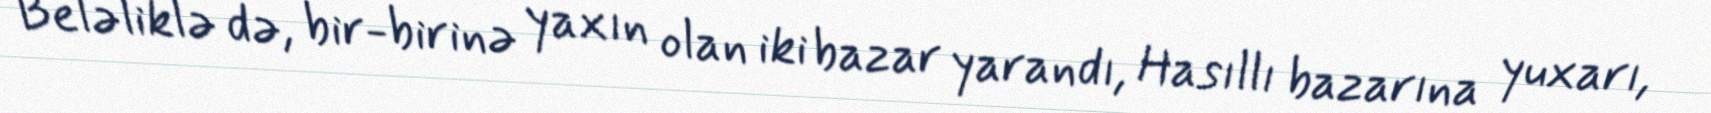
Beləliklə də, bir-birinə yaxın olan iki bazar yarandı, Hasıllı bazarına yuxarı,